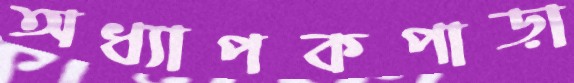
অধ্যাপকপাড়া